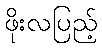
ဖိုးလပြည့်